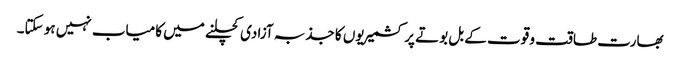
بھارت طاقت و قوت کے بل بوتے پر کشمیریوں کا جذبہ آزادی کچلنے میں کامیاب نہیں ہو سکتا۔